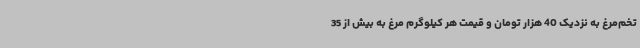
تخم‌مرغ به نزدیک 40 هزار تومان و قیمت هر کیلوگرم مرغ به بیش از 35